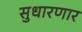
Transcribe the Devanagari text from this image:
सुधारणार